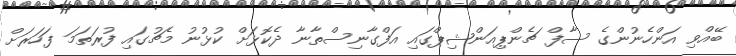
ބޭއްވި އަންހެނުންގެ ސާފް ޗެންޕިއަންޝިޕްގައި އަފްގާނިސްތާނާ ދެކޮޅަށް ކުޅުނު މެޗުގައި ފުރަތަމަ ފަހަރަށް